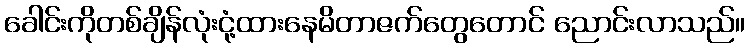
ခေါင်းကိုတစ်ချိန်လုံးငုံ့ထားနေမိတာဇက်တွေတောင် ညောင်းလာသည်။